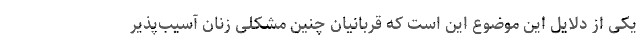
یکی از دلایل این موضوع این است که قربانیان چنین مشکلی زنان آسیب‌پذیر